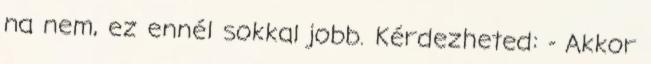
na nem, ez ennél sokkal jobb. Kérdezheted: - Akkor